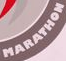
MARATHON